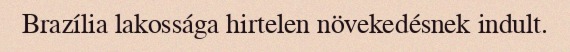
Brazília lakossága hirtelen növekedésnek indult.